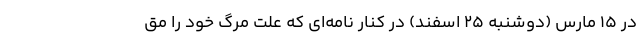
در ۱۵ مارس (دوشنبه ۲۵ اسفند) در کنار نامه‌ای که علت مرگ خود را مق